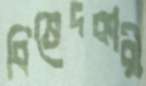
বিভেদকারী